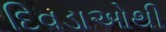
દિવડાઓથી